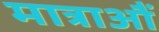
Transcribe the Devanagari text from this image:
मात्राऔं